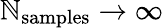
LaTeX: \mathbb{N}_{\mathrm{{samples}}}\rightarrow\infty